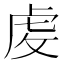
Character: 䖍